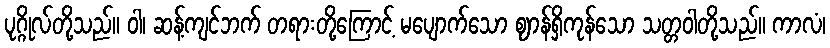
ပုဂ္ဂိုလ်တို့သည်။ ဝါ၊ ဆန့်ကျင်ဘက် တရားတို့ကြောင့် မပျောက်သော ဈာန်ရှိကုန်သော သတ္တဝါတို့သည်။ ကာလံ၊